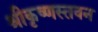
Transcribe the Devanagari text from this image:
श्रीकृष्णस्तवन